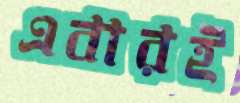
এবারই